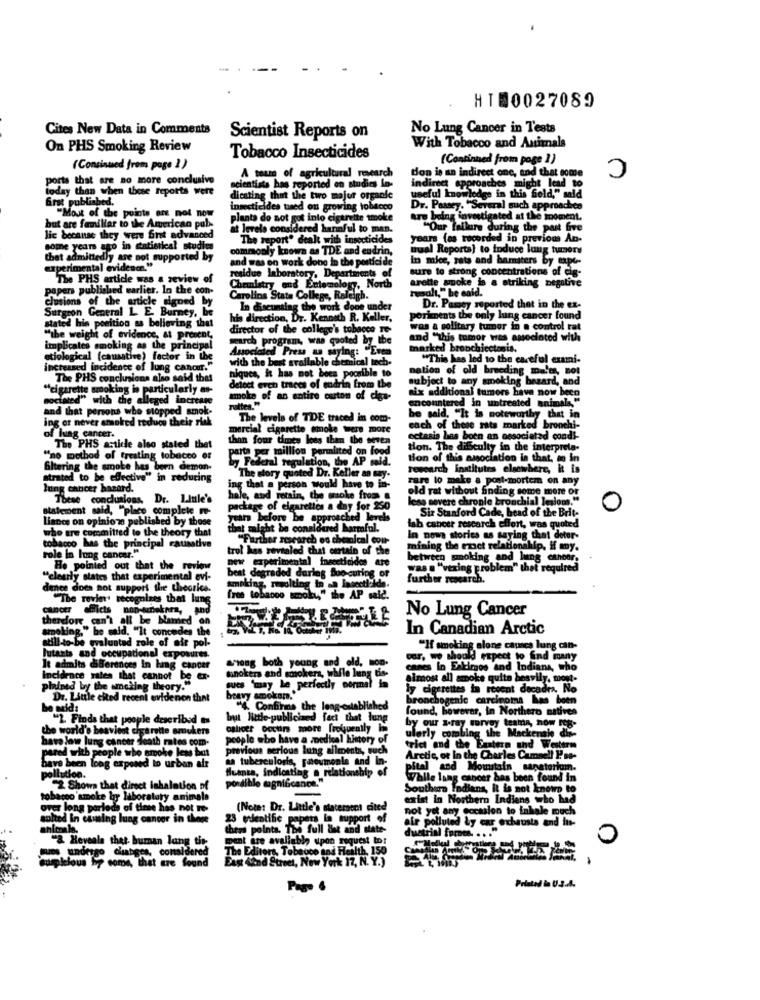
HT00027089
Cites New Data in Comments
No Lung Cancer in Tests
Scientist Reports on
On PHS Smoking Review
With Tobacco and Animals
C
Tobacco Insecticides
(Continued from page ])
(Continued from page 2)
porta that are no more conclusive
A team of agricultural research
ed on studies lo-
don is an indirect one, and that come
today than when these reports were
scientists has reported
Approaches might lead to
first published.
dicating that the two major organle
useful knowledge in this field," said
insecticides tused on growing tobacco
Dr. Passey. "Several such approaches
"Most of the points are not now
plants do not got into cigarette smoke
are being investigated at the moment.
but are familiar to the American pub-
at levels considered harmful to man.
"Our failure during the past five
lic because they were fint advanced
The report" dealt with insecticides
years (as recorded in previous An-
some years ago in statistical studies
commonly known as TDE and endrin,
nual Reporta) to induce lung turers
thet admittedly are not supported by
and was on work done in the porticide
In mice, rats and hamsters by expe-
experimental evidence."
residue laboratory, Departments of
sure to strong concentrations of cig-
The PHS article was a review of
Chemistry and Entomology, North
arette smoke is
papers published earlier. In the con-
renalt,"be enid.
ske is a striking negative
clusions of the article signed by
Carolina State College, Raleigh.
Surgeon General L. E. Burney, be
In discunsing the work done under
the WORE
Dr. Passey reported that in the ex-
his direction, Dr. Kenneth R. Keller,
poriments the only lung cancer found
tated his position as believing that
director of the college's tobacco Te-
was a solitary tumor in . control ret
"ibe weight of evidence, at present,
search program, was quoted by
and "this tumor was associated with
implicates smoking as the principal
Associated Press an saying: Le
marked bronchicctosis.
stiological (causative) factor in the
with the best available chemical tech-
"This has led to the careful exami-
increased incidence of lung cancer."
niques, it has not bees pocaible to
nation of old breeding malts, no!
The PHS conclusions also said that
subject to any smoking hezard, and
cigarette smoking io particularly at-
detect erch traces of endrin from the
aix additional tumors have now been
nociated" with the alleged increase
smoke of an entire cuton of ciga-
encountered In untreated animals,"
and that persons who stopped smok-
rattes."
ing or never smoked reduce their riak
The levels of TDE traced in com-
be said, "It is noteworthy that in
bercial cigarette tonoke were more
each of these rats marked bronchi-
of lung cancer.
than four times loes then the seven
ectasia lins boen an associated condi-
The PHS article also stated thet
arta per million permlited on food
tion. The difficulty in the interpreta.
"no method of treating tobacco of
mote has
Federal regulation, the AP mia.
tion of this association in that.
that. mo in
research institutes elnowhere, it is
strated to be effective" in reducing
The story quoted Dr. Keller an say.
a person would have to in-
rare to make a post-mortem on any
ing cancer hasard.
old rat without finding some more or
These conclusions, Dr. Little's
hale, and retain, the mmoke from &
less severe chronle bronchial lesions."
statement said, "place complete fe-
package of cigarettes a day for 250
Six Stanford Cade, head of the Brit-
0
Lianes on opinions published by those
years before he approached levels
proached levels
who are committed to the theory that
that might be conalokhed
idured harrafal.
lah cancer research effort, was quoted
thor research es chewalcal cou-
In nowe stories as saying that dotor-
tobacco has the principal causative
trol has revealed that certain of the
mining the exact relationship, if my.
role in lung cancer."
new experimental inaceticidos are
between smoking and lung cancer.
He pointed out that the review
was . "vexing proble
that required
"clearly states that experimental evi-
best degraded darleg Boo-curing of
further research.
dence does not support the theories.
smoking, resulting In an Insecticide.
The revier recognizes that lung
fres tobacco smola
moby the AP wid.
cancer
officis non-teneknes, and
No Lung Cancer
therdorr can't all be Named on
smoking," he said. "It concedes the
In Canadian Arctic
still-to-be evaluated role of air pol-
lutazts and occupational exposures.
"If smoking alone causes lung can-
Por, we should repect to find many
It admits differences In hang cancer
Long both young and old, mon.
sonokers and smokers, while lung tis-
canes In Extirgos and Indians, who
incidence sales that cannot be ex-
almost all smoke quite hesvily. mont-
plained by the amcling theory."
pues "may Le perfectly normal in
ly cigarettes in recent decadra. No
Dr. Little cited recent evidenon that
heavy amokam.'
bronchogenic carcinoma has been
be said:
" Confirms the long-established
found, however, in Northero natives
"2. Finds that people described as
but Nietle-publicized fact that lung
by our x-ray servey team
the world's heaviest cigarette smukers
osloer bocuir more frequently in
hava low lung cancer death rates com-
people who have a medical history of
ulerly combing the Mackenale din-
previous serious lung ailments, such
trici and the Eastern and Western
pared with people who smoke less tout
aa tuberculosis, patevmonla and In-
Arctic, or In the Charles Camsell Pro-
have been long exposed to urban alr
Huanta, indicating a relationship of
pital
and Mountain sanatoriumn.
pollution.
While lung cancer has been found In
2 Shows that direct Inhalation of
possible magnifcance."
Southern Indians, It is not known to
tobacco'smoke by laboratory animals
exist In Northern Indiens who had
over long periods of time has not To-
(Note: Dr. Little's statement cited
not yet any Gocasion to inhale much
salted In causing lung cancer in there
pans lo support of
Chers points. The full Bet and state-
dustrinl formes. . . .
air polluted by car exhausts and ins-
ment are avaliable upon request tor
Medical obra
mums undergo chaabges, considered
"2 Heveala thet- buman lang ti
The Editors, Tobacco and Health, 150
t are found
considered
East And Street, New York 17, N. Y.)
Printed & U.S.A.